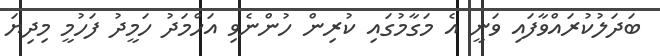
ބަދަލުކުރައްވާފައި ވަނީ އެ މަގާމުގައި ކުރިން ހުންނެވި އަހްމަދު ހަމީދު ފަހުމީ މިދިޔަ